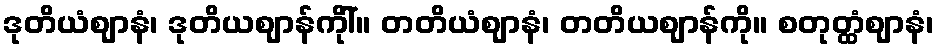
ဒုတိယံဈာနံ၊ ဒုတိယဈာန်ကိုါ်။ တတိယံဈာနံ၊ တတိယဈာန်ကို။ စတုတ္ထံဈာနံ၊